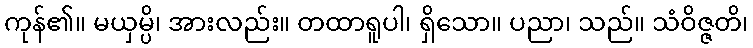
ကုန်၏။ မယှမ္ပိ၊ အားလည်း။ တထာရူပါ၊ ရှိသော။ ပညာ၊ သည်။ သံဝိဇ္ဇတိ၊